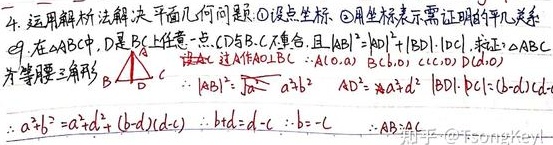
4. 运用解析法解决平面几何问题：
\textcircled{1} 设点坐标。
\textcircled{2} 用坐标表示需证明的几何关系。

在\(\triangle ABC\)中，\(D\)是\(BC\)上任意一点，\(D\)与\(B\)，\(C\)不重合，且\(\vert AB\vert^{2}=\vert AD\vert^{2}+\vert BD\vert\cdot\vert DC\vert\)，求证：\(\triangle ABC\)为等腰三角形。

证：过\(A\)作\(AO\bot BC\)，设\(A(0,a)\)，\(B(b,0)\)，\(C(c,0)\)，\(D(d,0)\)。

\(\vert AB\vert^{2}=\sqrt{(0 - b)^{2}+(a - 0)^{2}}=a^{2}+b^{2}\)

\(\vert AD\vert^{2}=a^{2}+d^{2}\)

\(\vert BD\vert\cdot\vert DC\vert=(b - d)(c - d)\)

\(\therefore a^{2}+b^{2}=a^{2}+d^{2}+(b - d)(c - d)\)

\(\therefore bd = d - c\) （此处疑似有误，从前面式子化简应是\(bc = d(b + c - d)\)）

\(\therefore b=-c\)

\(\therefore AB = AC\)